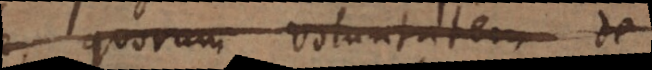
quorum voluntatem de